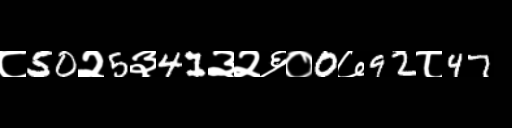
Text: ८50२5३41३२६०0७92८47